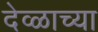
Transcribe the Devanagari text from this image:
देव्ळाच्या